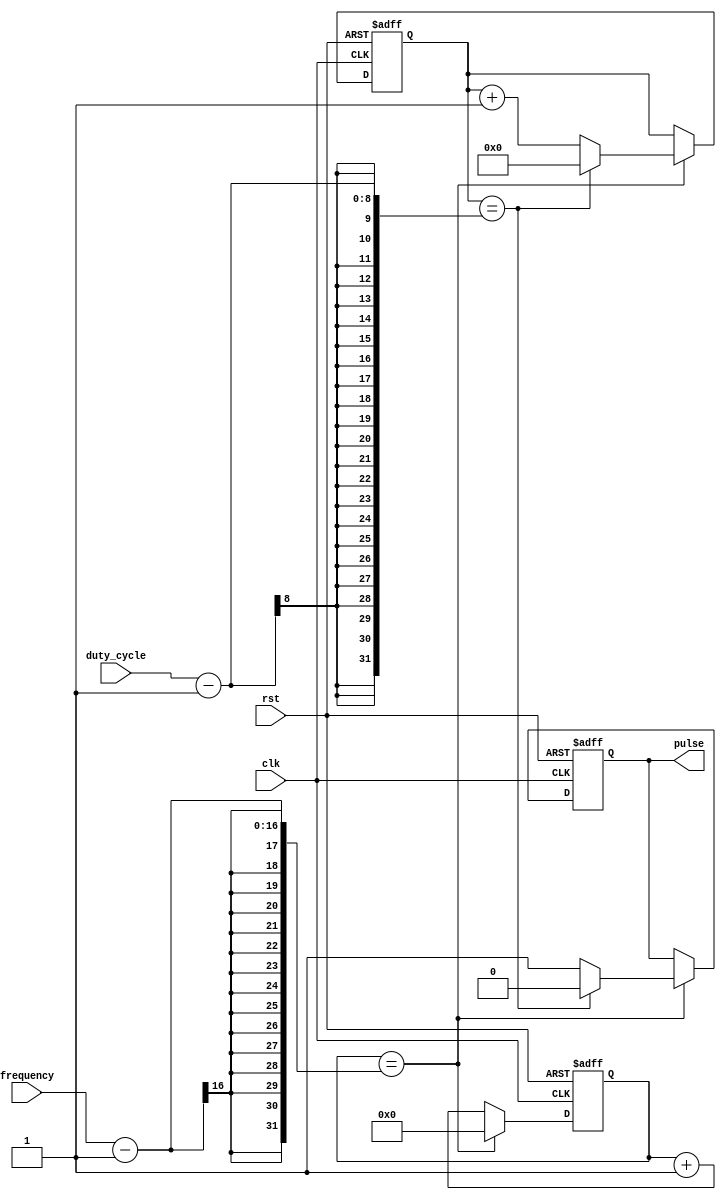
module timing_control (
    input wire clk,
    input wire rst,
    input wire [7:0] duty_cycle,
    input wire [15:0] frequency,
    output reg pulse
);

reg [15:0] count;
reg [7:0] duty_count;

always @(posedge clk or posedge rst) begin
    if (rst) begin
        count <= 16'b0;
        duty_count <= 8'b0;
        pulse <= 1'b0;
    end else begin
        if (count == frequency - 1) begin
            if (duty_count == duty_cycle - 1) begin
                pulse <= 1'b0;
                duty_count <= 8'b0;
            end else begin
                pulse <= 1'b1;
                duty_count <= duty_count + 1;
            end
            count <= 16'b0;
        end else begin
            count <= count + 1;
        end
    end
end

endmodule